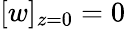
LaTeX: [w]_{z=0}=0